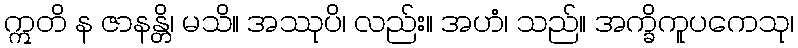
ဣတိ န ဇာနန္တိ၊ မသိ။ အဿုပိ၊ လည်း။ အဟံ၊ သည်။ အက္ခိကူပကေသု၊